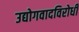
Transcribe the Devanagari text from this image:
उद्योगवादविरोधी